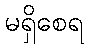
မရှိစေရ